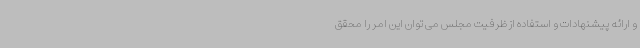
و ارائه پیشنهادات و استفاده از ظرفیت مجلس می توان این امر را محقق